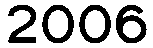
2006